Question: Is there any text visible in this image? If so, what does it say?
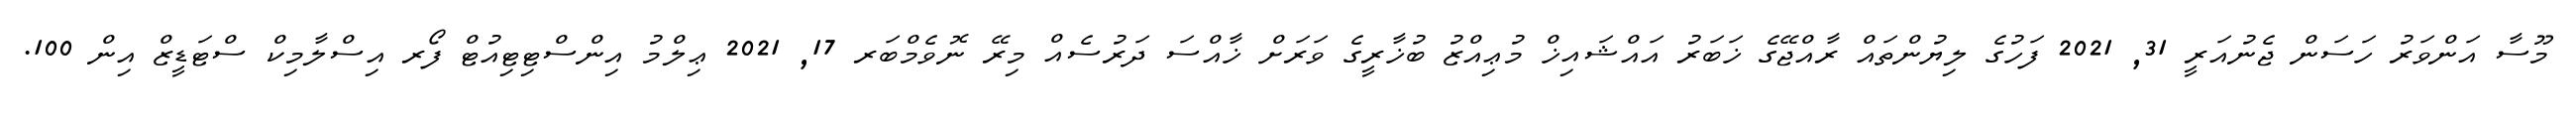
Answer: މޫސާ އަންވަރު ހަސަން ޖެނުއަރީ 31, 2021 ފަހުގެ ލިޔުންތައް ރާއްޖޭގެ ޚަބަރު އައްޝައިޚް މުޢިއްޒު ބުޚާރީގެ ވަރަށް ޚާއްސަ ދަރުސެއް މިރޭ ނޮވެމްބަރ 17, 2021 ޢިލްމު އިންސްޓިޓިއުޓް ފޯރ އިސްލާމިކް ސްޓަޑީޒް އިން 100.